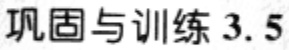
巩固与训练 3.5